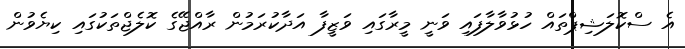
އެ ސްކޮލަޝިޕްތައް ހުޅުވާލާފައި ވަނީ މީރާގައި ވަޒީފާ އަދާކުރަމުން ރާއްޖޭގެ ކޮލެޖްތަކުގައި ކިޔެވުން